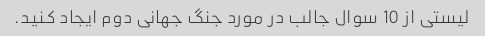
لیستی از 10 سوال جالب در مورد جنگ جهانی دوم ایجاد کنید.